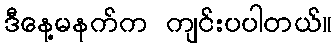
ဒီနေ့မနက်က ကျင်းပပါတယ်။